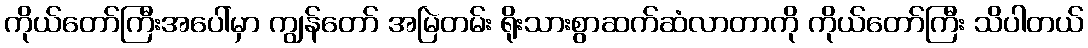
ကိုယ်တော်ကြီးအပေါ်မှာ ကျွန်တော် အမြဲတမ်း ရိုးသားစွာဆက်ဆံလာတာကို ကိုယ်တော်ကြီး သိပါတယ်